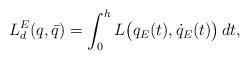
LaTeX: \begin{align*}L^E_d(q,\bar q) = \int_0^h L\big( q_{E}(t), \dot q_{E}(t)\big)\,dt,\end{align*}